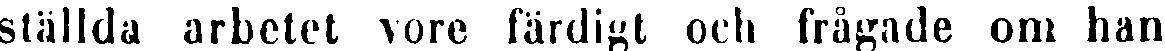
ställda arbetet vore färdigt och frågade om han